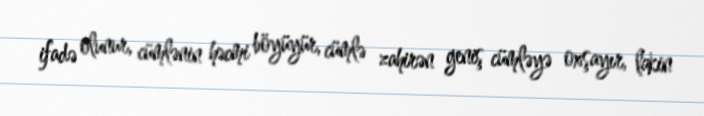
ifadə olunur, cümlənin həcmi böyüyür, cümlə zahirən geniş cümləyə oxşayır, lakin